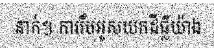
នាក់។ ការរឹបអូសយកដីធ្លីយ៉ាង